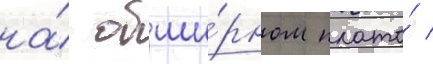
на́ обши́рном плато́ /